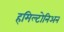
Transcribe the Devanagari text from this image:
हमिल्टोनिअन